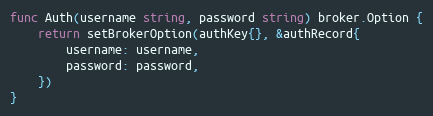
Language: Go
func Auth(username string, password string) broker.Option {
	return setBrokerOption(authKey{}, &authRecord{
		username: username,
		password: password,
	})
}